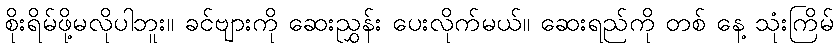
စိုးရိမ်ဖို့မလိုပါဘူး။ ခင်ဗျားကို ဆေးညွှန်း ပေးလိုက်မယ်။ ဆေးရည်ကို တစ် နေ့ သုံးကြိမ်